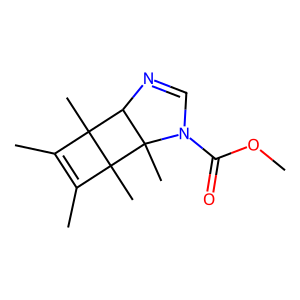
SMILES: COC(=O)N1C=NC2C3(C)C(C)=C(C)C3(C)C21C
Inhibits HIV replication: No